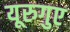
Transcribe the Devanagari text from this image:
यूरुगुए